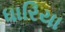
ધારિયા